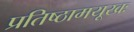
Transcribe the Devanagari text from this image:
प्रतिष्ठामयूखः